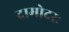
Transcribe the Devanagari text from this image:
दामोदरः